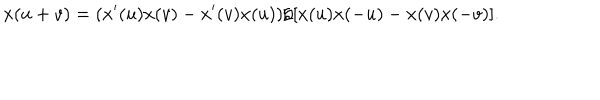
x ( u + v ) = ( x ^ { \prime } ( u ) x ( v ) - x ^ { \prime } ( v ) x ( u ) ) / [ x ( u ) x ( - u ) - x ( v ) x ( - v ) ] .